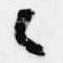
々